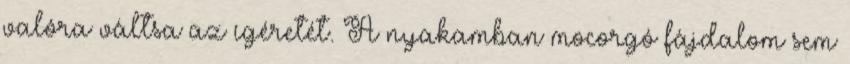
valóra váltsa az ígéretét. A nyakamban mocorgó fájdalom sem